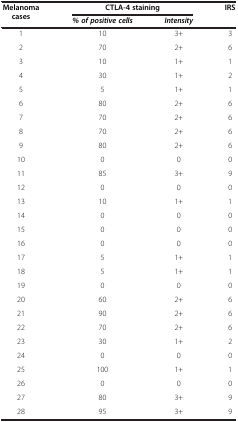
<table><thead><tr><td><b>Melanoma cases</b></td><td colspan="2"><b>CTLA-4 staining</b></td><td><b>IRS</b></td></tr><tr><td><b> </b></td><td><b><i>% of positive cells</i></b></td><td><b><i>Intensity</i></b></td><td><b> </b></td></tr></thead><tbody><tr><td>1</td><td>10</td><td>3+</td><td>3</td></tr><tr><td>2</td><td>70</td><td>2+</td><td>6</td></tr><tr><td>3</td><td>10</td><td>1+</td><td>1</td></tr><tr><td>4</td><td>30</td><td>1+</td><td>2</td></tr><tr><td>5</td><td>5</td><td>1+</td><td>1</td></tr><tr><td>6</td><td>80</td><td>2+</td><td>6</td></tr><tr><td>7</td><td>70</td><td>2+</td><td>6</td></tr><tr><td>8</td><td>70</td><td>2+</td><td>6</td></tr><tr><td>9</td><td>80</td><td>2+</td><td>6</td></tr><tr><td>10</td><td>0</td><td>0</td><td>0</td></tr><tr><td>11</td><td>85</td><td>3+</td><td>9</td></tr><tr><td>12</td><td>0</td><td>0</td><td>0</td></tr><tr><td>13</td><td>10</td><td>1+</td><td>1</td></tr><tr><td>14</td><td>0</td><td>0</td><td>0</td></tr><tr><td>15</td><td>0</td><td>0</td><td>0</td></tr><tr><td>16</td><td>0</td><td>0</td><td>0</td></tr><tr><td>17</td><td>5</td><td>1+</td><td>1</td></tr><tr><td>18</td><td>5</td><td>1+</td><td>1</td></tr><tr><td>19</td><td>0</td><td>0</td><td>0</td></tr><tr><td>20</td><td>60</td><td>2+</td><td>6</td></tr><tr><td>21</td><td>90</td><td>2+</td><td>6</td></tr><tr><td>22</td><td>70</td><td>2+</td><td>6</td></tr><tr><td>23</td><td>30</td><td>1+</td><td>2</td></tr><tr><td>24</td><td>0</td><td>0</td><td>0</td></tr><tr><td>25</td><td>100</td><td>1+</td><td>1</td></tr><tr><td>26</td><td>0</td><td>0</td><td>0</td></tr><tr><td>27</td><td>80</td><td>3+</td><td>9</td></tr><tr><td>28</td><td>95</td><td>3+</td><td>9</td></tr></tbody></table>